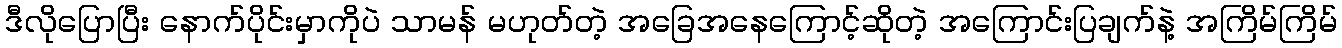
ဒီလိုပြောပြီး နောက်ပိုင်းမှာကိုပဲ သာမန် မဟုတ်တဲ့ အခြေအနေကြောင့်ဆိုတဲ့ အကြောင်းပြချက်နဲ့ အကြိမ်ကြိမ်